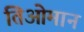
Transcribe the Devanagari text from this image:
तिओमान